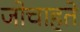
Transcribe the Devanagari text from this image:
जोचाहते